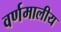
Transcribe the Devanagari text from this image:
वर्णमालीय